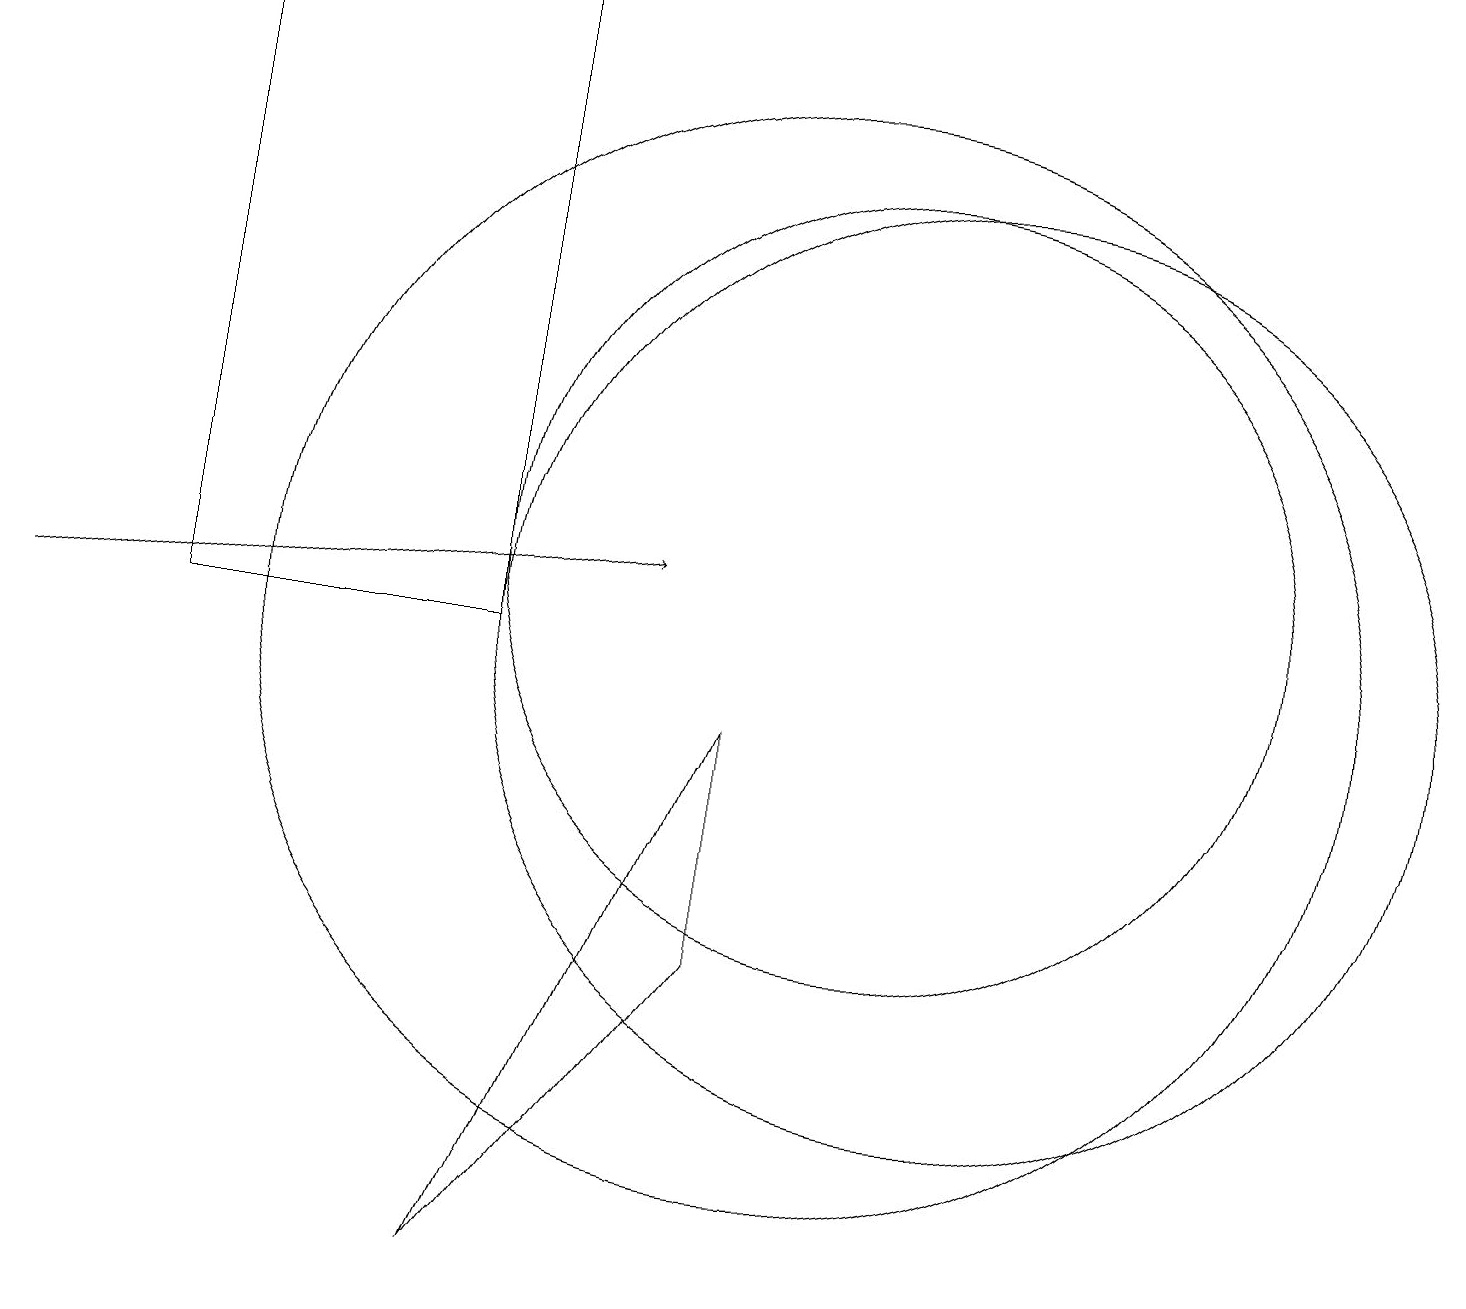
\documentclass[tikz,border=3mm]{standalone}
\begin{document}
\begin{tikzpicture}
\draw[->] (0,10) -- (8,11);
\draw (11,11) circle (5);
\draw (6,18) rectangle (2,10);
\draw (10,10) circle (7);
\draw (9,6) -- (9,9) -- (6,2) -- cycle;
\draw (12,10) circle (6);
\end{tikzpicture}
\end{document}